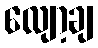
လျော့ချ